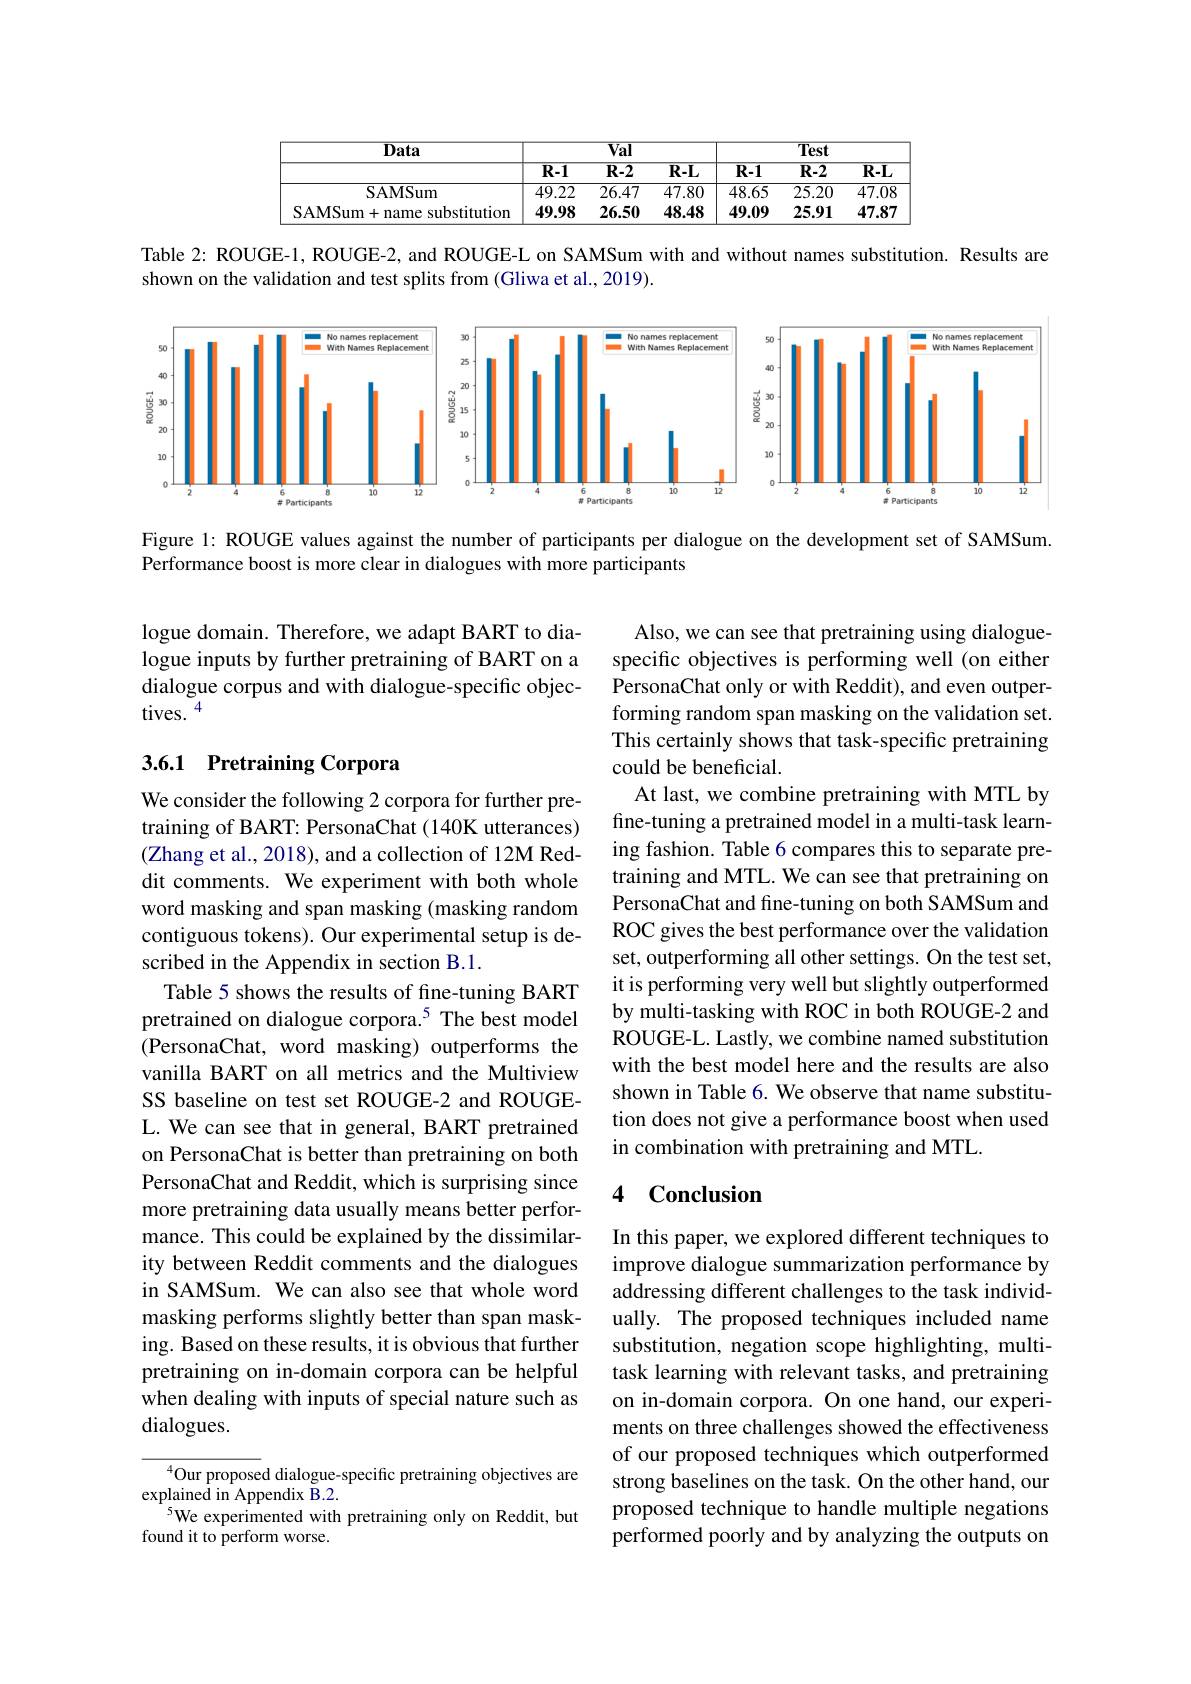
<table>
	<tbody>
		<tr>
			<th rowspan="2">$\underline{\textbf{Data}}$</th>
			<th colspan="3">$\overline{\mathbf{Val}}$</th>
			<th colspan="3">${\overline{Test}}$</th>
		</tr>
		<tr>
			<th>$\overline{\mathbf{R-1}}$</th>
			<th>$\overline{\mathbf{R-2}}$</th>
			<th>$\overline{\mathbf{R-L}}$</th>
			<th>$\overline{\mathbf{R-1}}$</th>
			<th>$\overline{\mathbf{R-2}}$</th>
			<th>$\mathbf{R-L}$</th>
		</tr>
		<tr>
			<td>SAMSum</td>
			<td>49.22</td>
			<td>26.47</td>
			<td>47.80</td>
			<td>48.65</td>
			<td>25.20</td>
			<td>47.08</td>
		</tr>
		<tr>
			<td>SAMSum+ name substitution</td>
			<td>49.98</td>
			<td>26.50</td>
			<td>48.48</td>
			<td>49.09</td>
			<td>25.91</td>
			<td>47.87</td>
		</tr>
	</tbody>
</table>

Table 2: ROUGE-1, ROUGE-2, and ROUGE-L on SAMSum with and without names substitution. Results are
shown on the validation and test splits from (Gliwa et al., 2019).

<FigureHere>

Figure 1: ROUGE values against the number of participants per dialogue on the development set of SAMSum
Performance boost is more clear in dialogues with more participants

logue domain. Therefore, we adapt BART to dialogue inputs by further pretraining of BART on a dialogue corpus and with dialogue-specific objectives. $^{4}$

## 3.6.1 Pretraining Corpora

Also, we can see that pretraining using dialoguespecific objectives is performing well (on either PersonaChat only or with Reddit), and even outperforming random span masking on the validation set. This certainly shows that task-specific pretraining could be beneficial.
At last, we combine pretraining with MTL by fine-tuning a pretrained model in a multi-task learning fashion. Table 6 compares this to separate pretraining and MTL. We can see that pretraining on PersonaChat and fine-tuning on both SAMSum and ROC gives the best performance over the validation set, outperforming all other settings. On the test set, it is performing very well but slightly outperformed by multi-tasking with ROC in both ROUGE-2 and ROUGE-L. Lastly, we combine named substitution with the best model here and the results are also shown in Table 6. We observe that name substitution does not give a performance boost when used in combination with pretraining and MTL.

We consider the following 2 corpora for further pretraining of BART: PersonaChat (140K utterances) (Zhang et al., 2018), and a collection of 12M Reddit comments. We experiment with both whole word masking and span masking (masking random contiguous tokens). Our experimental setup is described in the Appendix in section B.1.
Table 5 shows the results of fine-tuning BART pretrained on dialogue corpora.$^{5}$ The best model (PersonaChat, word masking) outperforms the vanilla BART on all metrics and the Multiview SS baseline on test set ROUGE-2 and ROUGEL. We can see that in general, BART pretrained on PersonaChat is better than pretraining on both PersonaChat and Reddit, which is surprising since more pretraining data usually means better performance. This could be explained by the dissimilarity between Reddit comments and the dialogues in SAMSum. We can also see that whole word masking performs slightly better than span masking. Based on these results, it is obvious that further pretraining on in-domain corpora can be helpful when dealing with inputs of special nature such as dialogues.

### 4 $\textbf{Conclusion}$

In this paper, we explored different techniques to improve dialogue summarization performance by addressing different challenges to the task individually. The proposed techniques included name substitution, negation scope highlighting, multitask learning with relevant tasks, and pretraining on in-domain corpora. On one hand, our experiments on three challenges showed the effectiveness of our proposed techniques which outperformed strong baselines on the task. On the other hand, our proposed technique to handle multiple negations performed poorly and by analyzing the outputs on

$^{4}$Our proposed dialogue-specific pretraining objectives are
explained in Appendix $\breve{\mathrm{B}}.2.$
We experimented with pretraining only on Reddit, but
found it to perform worse.